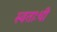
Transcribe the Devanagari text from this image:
स्वताःची